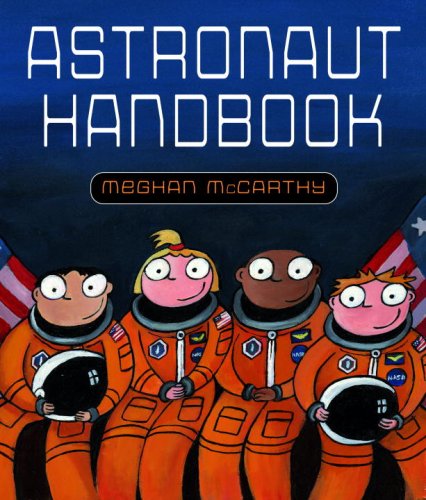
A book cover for Astronaut Handbook; Meghan McCarthy; Children's Books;